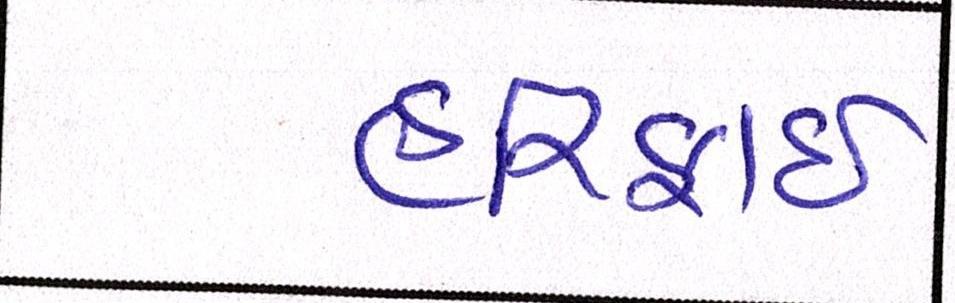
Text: હરિફાઇ